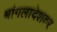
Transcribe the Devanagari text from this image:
बांगलादेशवर